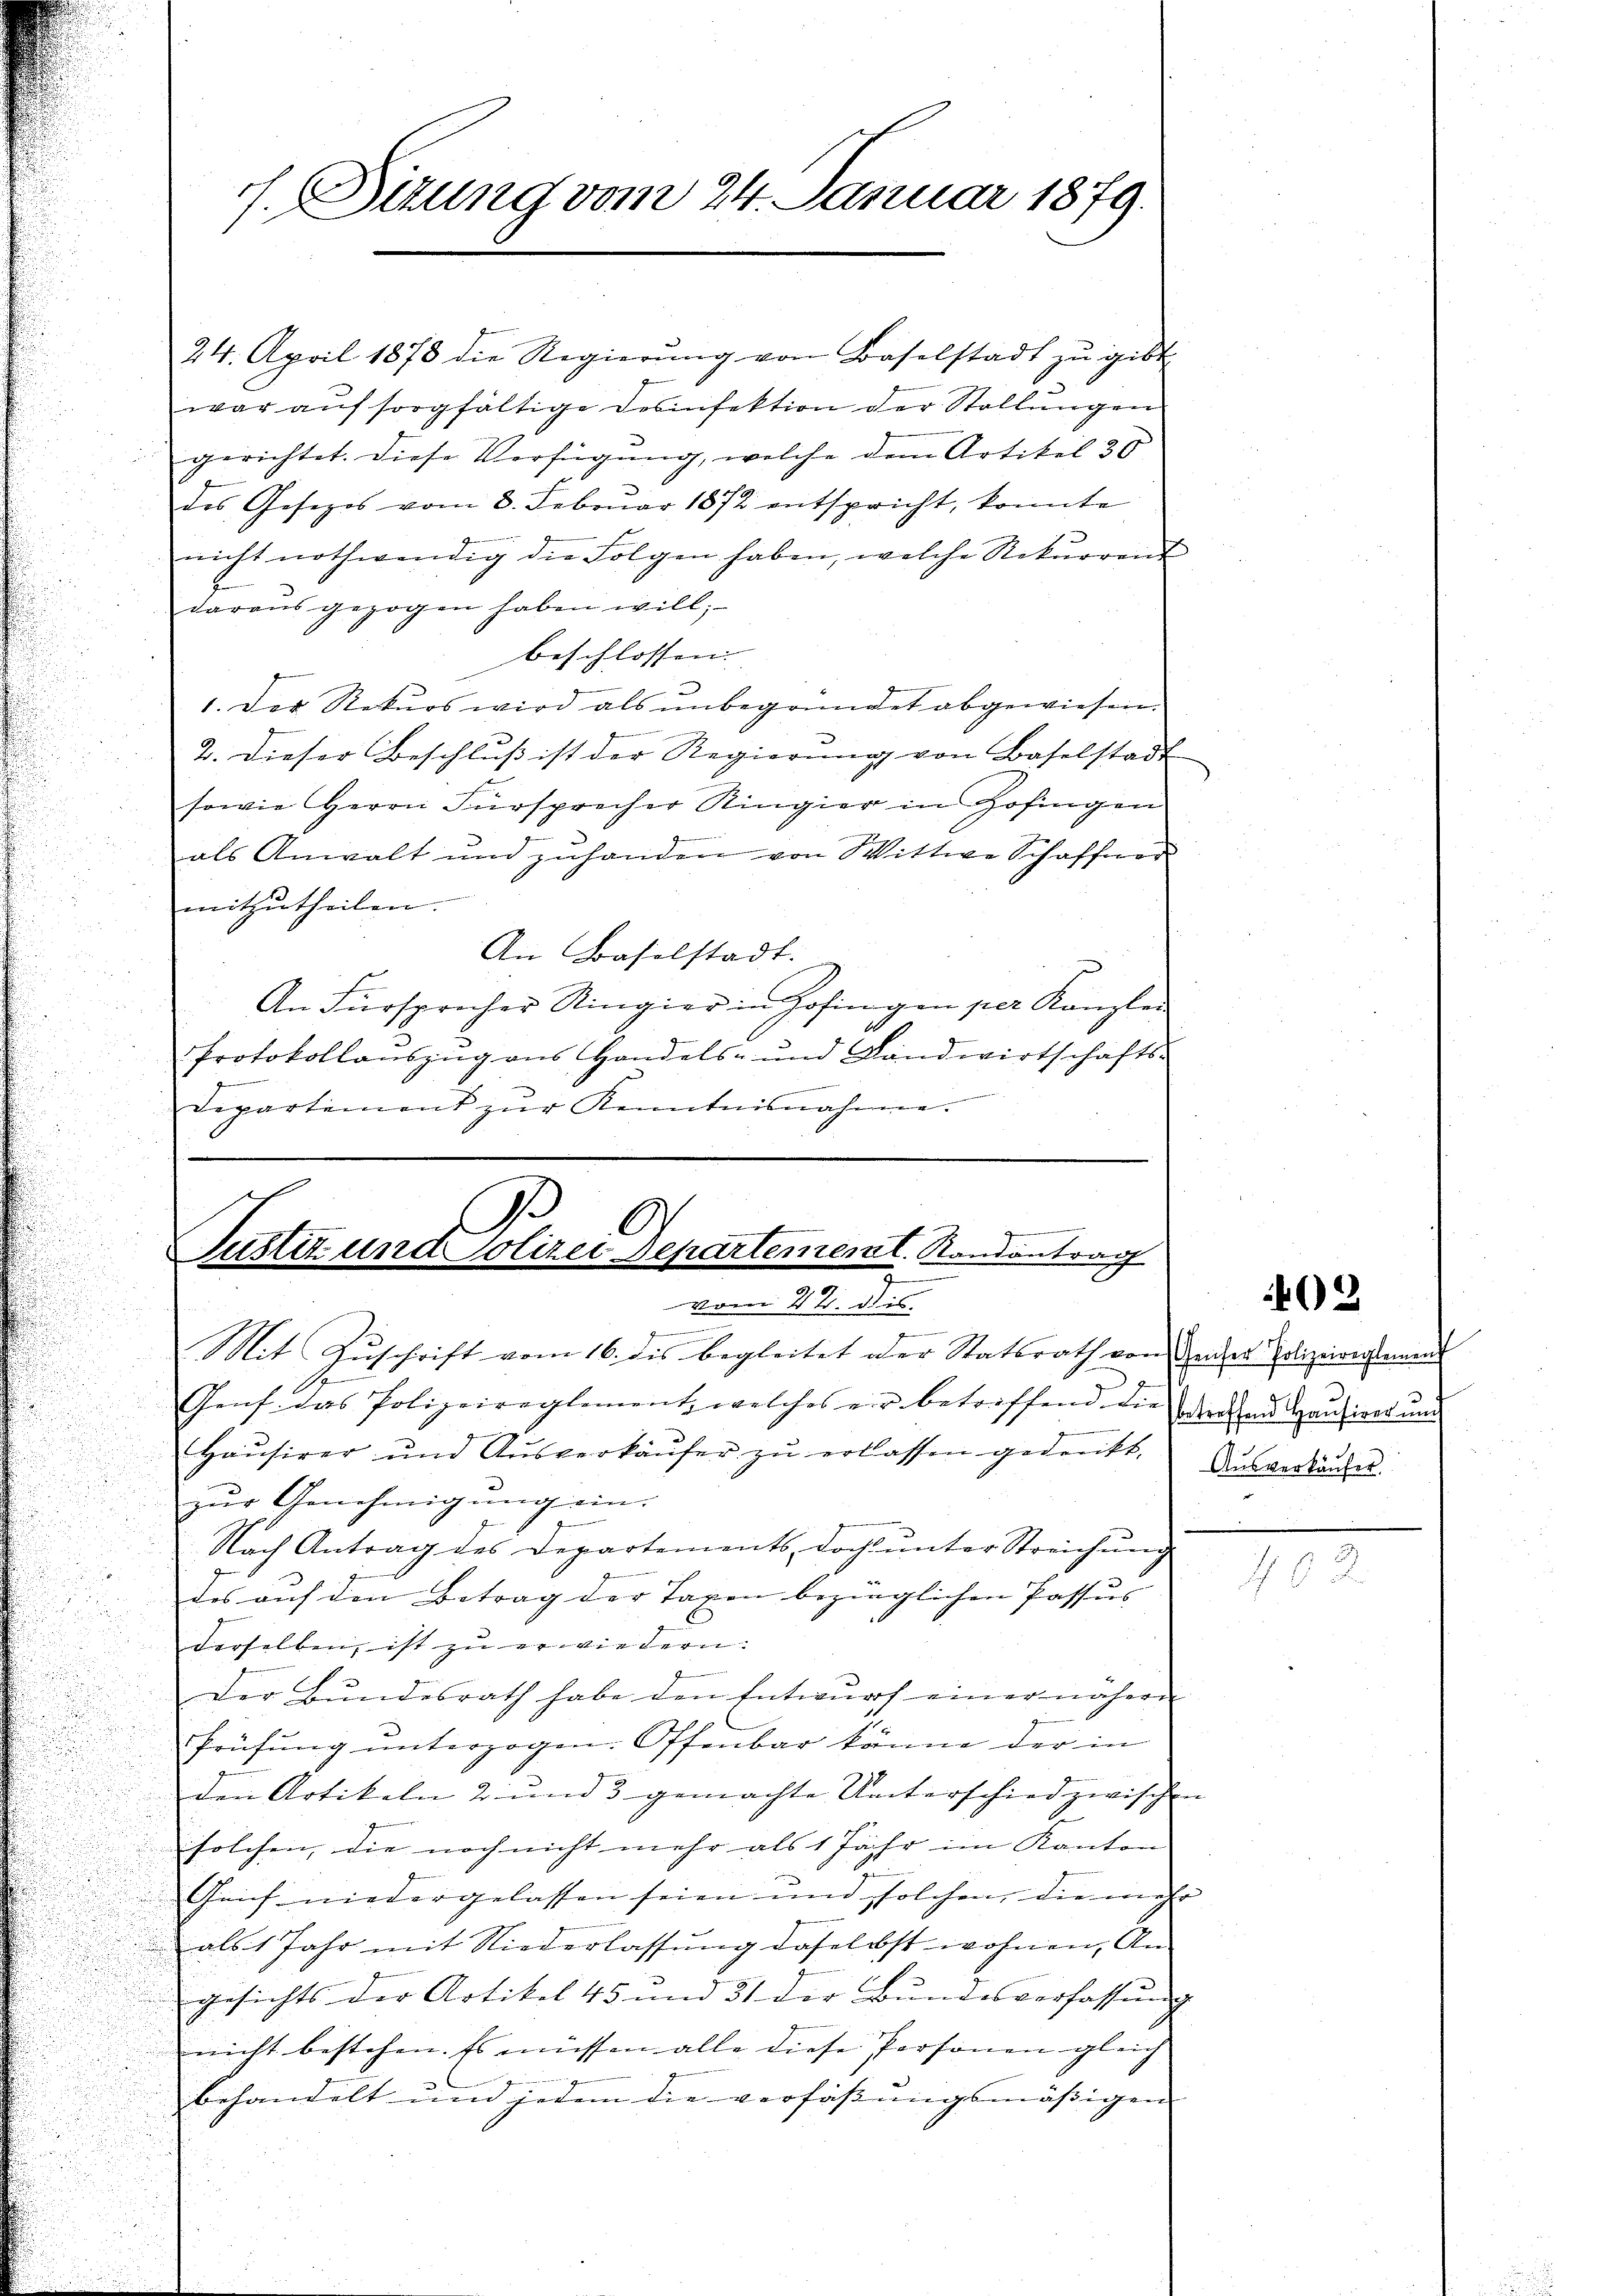
i

s. Situng vom 24. Januar 1879.

24. April 1878 die Regierŭng von Baselstadt zŭ gibt
war auf sorgfältige Desinfektion der Stellungen
gerichtet. Diese Verfügung, welche dem Artikel 30
des Gesezes vom 3. Febrŭar 1872 entspricht, konnte
nicht nothwendig die Folgen haben, welche Rekŭrrent
daraus gezogen haben will;
beschlossen.
1. Der Rekurs wird als unbegründet abgewiesen.
e
2. Dieser Beschluß ist der Regierung von Baselstadt
sowie Herrn Fürsprecher Ringier in Zofingen
als Anwalt und zŭhanden von Wittwe Schaffner
mitzurtheilen.
An Baselstadt.
An Fürsprecher Ringier in Hofingen per Kanzlei
Protokollaŭszŭg ans Handels- und Landwirtschafts-

Departement zŭr Kenntnisnahme.

G.
.
Justiz und Polizei Departement. Randantrag
vom 22. des

.
Mit Zuschrift vom 16. dis begleitet der Statsrath von Gener Polizeiverstament
d
E
Genf das Polizeireglement, welches ein betreffend die der an Haŭsiredung
Haŭsirer und Aŭsverkäŭfer zŭ erlassen gedruckt. Ausverbautet.
zur Genehmigung ein.
Nach Antrag des Departements, doch unter Streichung
e
des auf den Betrag der Taxen bezinglichen Passus |
.
derselben, ist zu erwiedern.
Der Bundesrath habe den Entwŭrf einer nähern
Prüfung unterzogen. Offenbar könne der in
den Artikeln 2 und 3 gemachte Unterschied zwischen
solchen, die noch nicht mehr als 1 Jahr im Kanton
Geif niedergelassen seien und solchen, die mehr
als 1 Jahr mit Niederlassung daselbst wohnen, Angesichts der Artikel 45 und 31 der Bundesverfassŭng
nicht bestehen. Es müssen alle diese Personen gleich
behandelt und jedem die verfassungsmäßigen

402

482